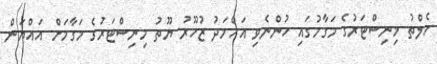
ހެލްތު މިނިސްޓަރުގެ މަގާމުގައި ހުންނެވި އަހްމަދު ޒުހޫރު ޔޫތު މިނިސްޓަރުގެ މަގާމަށް އައްޔަން